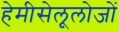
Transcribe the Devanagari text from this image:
हेमीसेलूलोजों